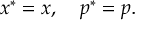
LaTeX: x ^ { \ast } = x , \quad p ^ { \ast } = p .